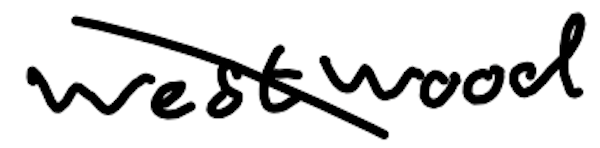
Text: Westwood
Cross-out: diagonal
Writing tool: digital_black